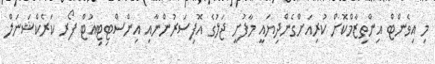
މި އިވެންޓް އިންތިޒާމްކޮށް ކުރިއަށްގެންދިޔައީ މާފުށީ ޖަލުގެ އޮފިސަރުންނާއި އިންސްޓިޓިއުޓް ފޯރ ކަރެކްޝަނަލް